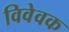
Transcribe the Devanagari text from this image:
विवेवक